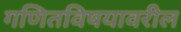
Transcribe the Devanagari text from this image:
गणितविषयावरील